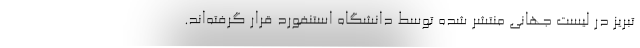
تبریز در لیست جهانی منتشر شده توسط دانشگاه استنفورد قرار گرفته‌اند.